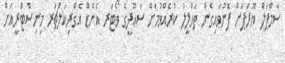
ސާމްޕަލް ޔޫރަޕަށް ފޮނުވައިގެން ތަޙްލީލު ކުރެއްވުމަށް ސަޢޫދީގެ ވޯޓަރ އެންޑް އެގްރިކަލްޗަރ މިނިސްޓްރީއަށް